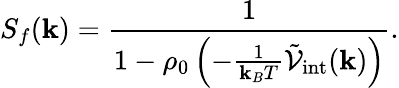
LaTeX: S_{f}(\mathbf{k})=\frac{{1}}{{1-\rho_{0}\left(-\frac{{1}}{{\mathbf{k}_{B}T}}\tilde{{\mathcal{{V}}}}_{\mathrm{{int}}}(\mathbf{k})\right)}}.